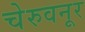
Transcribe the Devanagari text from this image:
चेरुवनूर